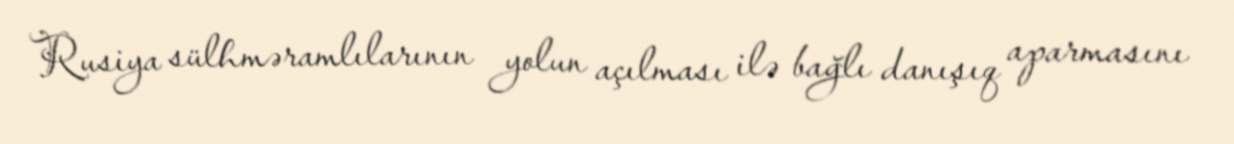
Rusiya sülhməramlılarının yolun açılması ilə bağlı danışıq aparmasını